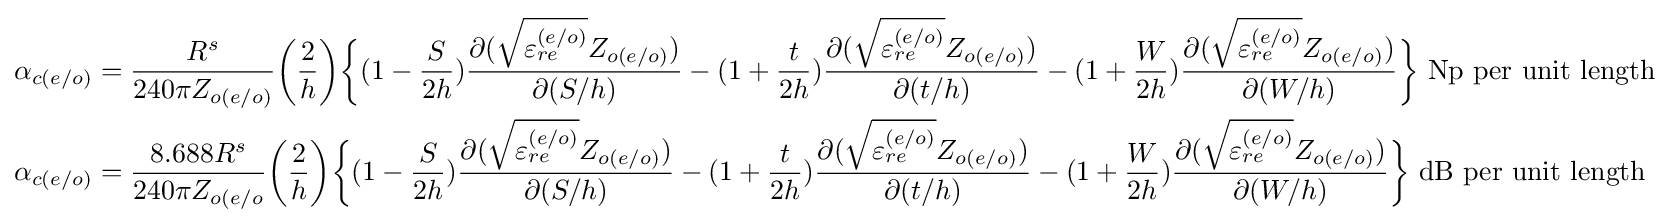
{\begin{aligned}\alpha _{c(e/o)}&={\frac {R^{s}}{240\pi Z_{o(e/o)}}}{\bigg (}{\frac {2}{h}}{\bigg )}{\bigg \{}(1-{\frac {S}{2h}}){\frac {\partial ({\sqrt {\varepsilon _{re}^{(e/o)}}}Z_{o(e/o)})}{\partial (S/h)}}-(1+{\frac {t}{2h}}){\frac {\partial ({\sqrt {\varepsilon _{re}^{(e/o)}}}Z_{o(e/o)})}{\partial (t/h)}}-(1+{\frac {W}{2h}}){\frac {\partial ({\sqrt {\varepsilon _{re}^{(e/o)}}}Z_{o(e/o)})}{\partial (W/h)}}{\bigg \}}{\text{ Np per unit length}}\\\alpha _{c(e/o)}&={\frac {8.688R^{s}}{240\pi Z_{o(e/o}}}{\bigg (}{\frac {2}{h}}{\bigg )}{\bigg \{}(1-{\frac {S}{2h}}){\frac {\partial ({\sqrt {\varepsilon _{re}^{(e/o)}}}Z_{o(e/o)})}{\partial (S/h)}}-(1+{\frac {t}{2h}}){\frac {\partial ({\sqrt {\varepsilon _{re}^{(e/o)}}}Z_{o(e/o)})}{\partial (t/h)}}-(1+{\frac {W}{2h}}){\frac {\partial ({\sqrt {\varepsilon _{re}^{(e/o)}}}Z_{o(e/o)})}{\partial (W/h)}}{\bigg \}}{\text{ dB per unit length}}\\\end{aligned}}